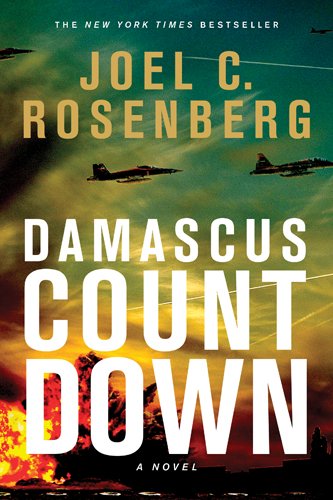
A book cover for Damascus Countdown; Joel C. Rosenberg; Christian Books & Bibles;